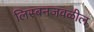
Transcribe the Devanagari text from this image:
लिस्बनजवळील